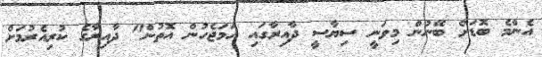
އެންމެ ބޮޑަށް ބޭނުން މިވަނީ ސިޔާސީ ދާއިރާގައި ހަމަޖެހުން އޮތުން" ދާއިރާގެ ކުރިއެރުމަށް